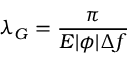
\lambda _ { G } = \frac { \pi } { E | \phi | \Delta f }